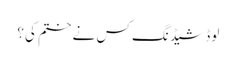
لوڈ شیڈنگ کس نے ختم کی؟